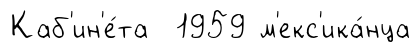
Каб'ин'е́та 1959 м'екс'ика́нца